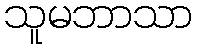
သူမဘာသာ